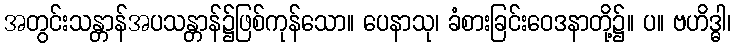
အတွင်းသန္တာန်အပသန္တာန်၌ဖြစ်ကုန်သော။ ပေနာသု၊ ခံစားခြင်းဝေဒနာတို့၌။ ပ။ ဗဟိဒ္ဓါ၊